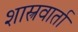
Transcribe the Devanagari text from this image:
शास्त्रवार्ता